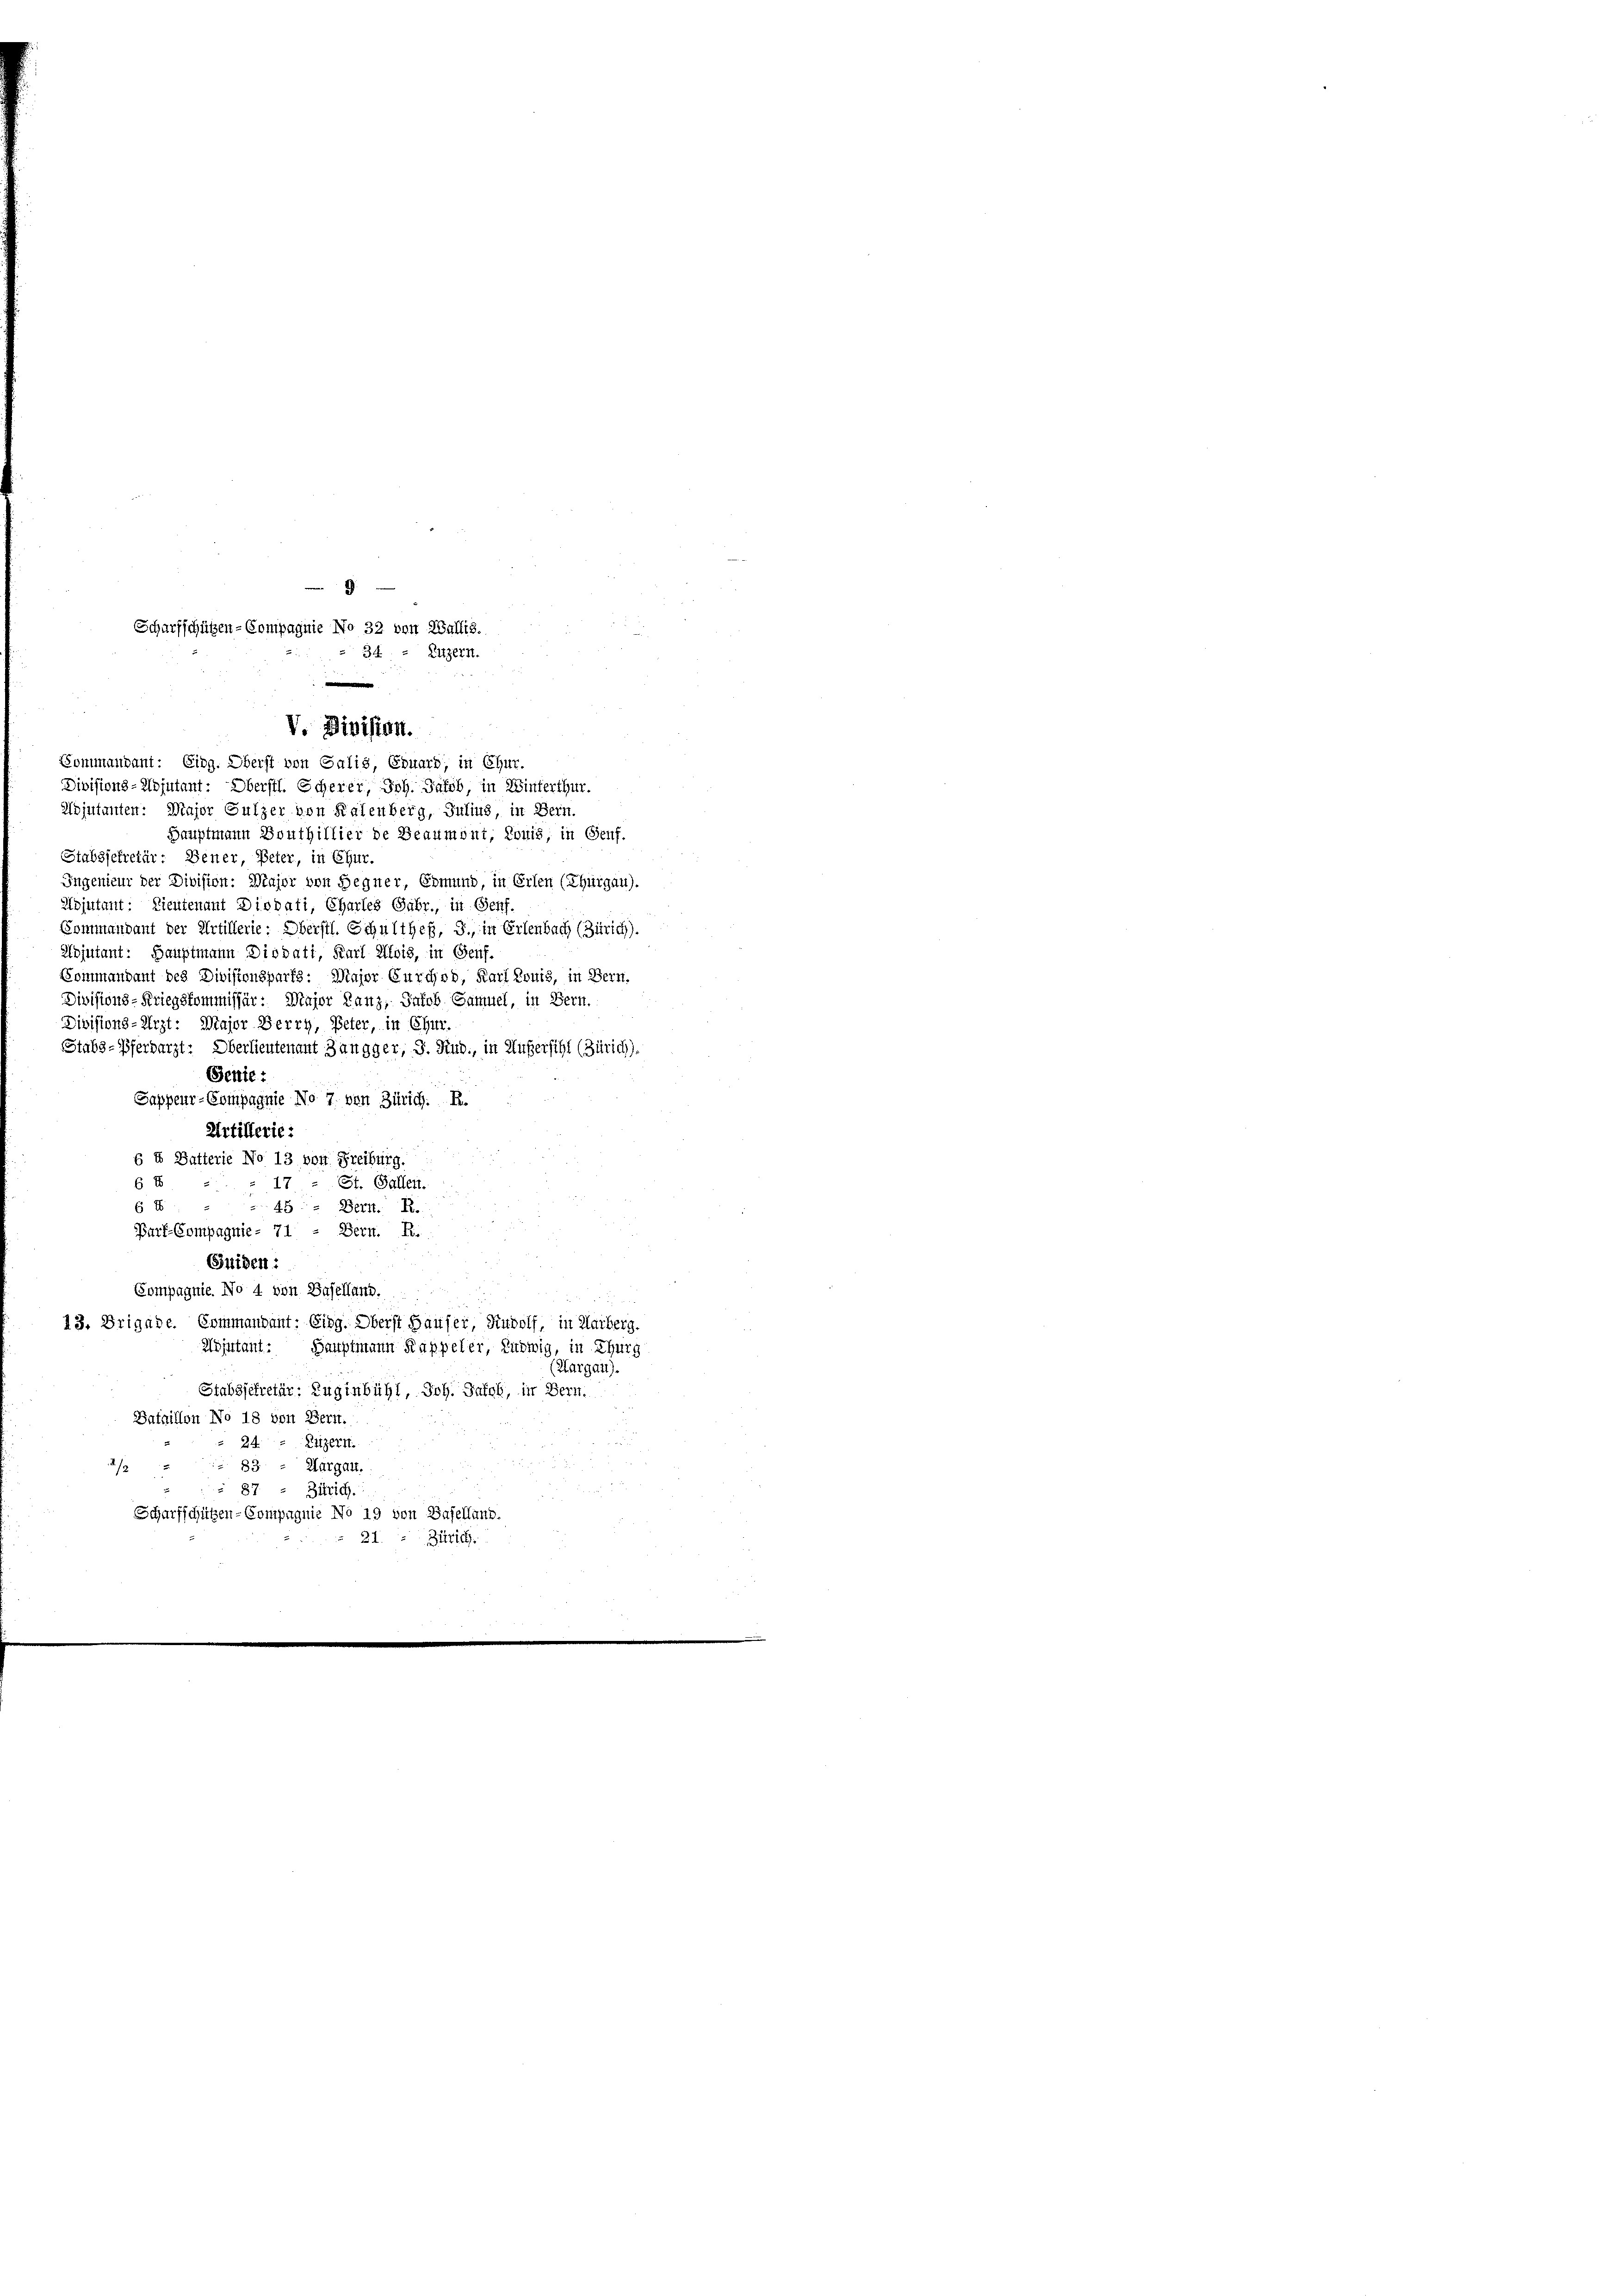
Divisions-Mojutant: Oberstl. Scherer, Joh. Jakob, in Winterthur.
Mojutanten: Major Sulzer von Kalenberg, Julius, in Bern.
Hauptmann Bouthillier de Beaumont, Louis; in Genf.
Stabssekretär: Gener, Peter, in Chur
Ingenieur der Division: Major von Segner, Ermund, in Erlen (Thurgau).
Nojutant: Lieutenant Diodati, Charles Gabr., in (Genf.
Sommendant der Artillerie: Oberstl. Schultheß, J., in Erlenbach (Zürich).
Adjutant: Hauptmann Diodati, Karl Alois, in Genf.
Kommandant des Divisionsparts: Major Curchod, Karl Louis, in Bern.
Divisions-Kriegskommissär: Major Lanz, Jakob Samuel, in Bern.
Divisions-Arzt: Major Berry, Peter, in Chur
Stabs-Pferdarzt. Oberlieutenant Jungger, S. Rud., in Außersihl (Zürich).
Genie:
Sappeur-Compagnie No 7. von Zürich. R.
Artillerie:
6 4 Butterie No 13 von Freiburg.
6 E
17 : St. Gallen.
6 E
45 - " Bett. R.
Purf-Compagnie- 71
Bern. B.
Suiden:
Compagnie. No 4 von Baselland.
13. Brigade. Commandant: Eing. Oberst Häuser, Rudolf, in Karberg.
Mjutant: Hauptmann Kappeler, Ludwig, in Thurg
Margau).
Stabssekretär: Zuginbühl, Joh. Salck, in Bern.
Bataillon No 18 von Bern.
24. " Kitzern.
83. " Thurgau.
2 f 0 x
87

Zürich.
Scharfschützen-Compagnie No 19 von Baselland.
21. - Zürich.
d

9
Scharfschützen-Compagnie No 32 von Wallis.
34. — Luzern.
e
V. Division.
Sommandant: Eibg. Oberst von Galis, Eduard, in Chur.